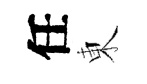
任東